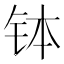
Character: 钵